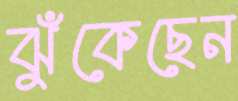
ঝুঁকেছেন